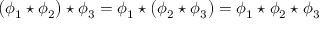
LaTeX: \bigl ( \phi _ { 1 } \star \phi _ { 2 } \bigr ) \star \phi _ { 3 } = \phi _ { 1 } \star \bigl ( \phi _ { 2 } \star \phi _ { 3 } \bigr ) = \phi _ { 1 } \star \phi _ { 2 } \star \phi _ { 3 }